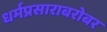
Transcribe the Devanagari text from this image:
धर्मप्रसाराबरोबर